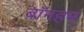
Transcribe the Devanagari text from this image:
बॉनहम